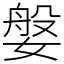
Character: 媻